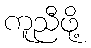
ကူညီဖို့